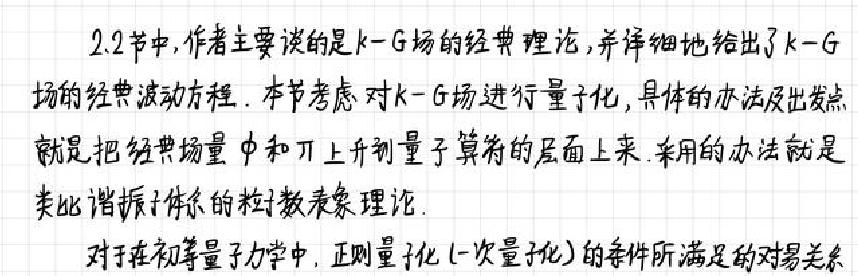
2.2 节中,作者主要谈的是 k - G 场的经典理论,并详细地给出了 k - G 场的经典波动方程. 本节考虑对 k - G 场进行量子化,具体的办法及出发点就是把经典场量 $\phi$ 和 $\pi$ 上升到量子算符的层面上来. 采用的办法就是类比谐振子体系的粒子数表象理论.

对于在初等量子力学中, 正则量子化 (一次量子化) 的条件所满足的对易关系